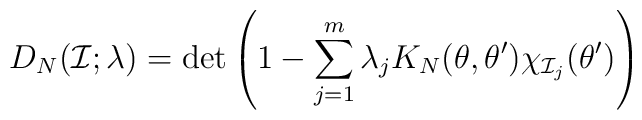
D_N({\cal I};\lambda)=\det\left(1-\sum_{j=1}^m \lambda_j K_N(\theta,\theta^\prime)\chi_{{\cal I}_j}(\theta^\prime)\right)